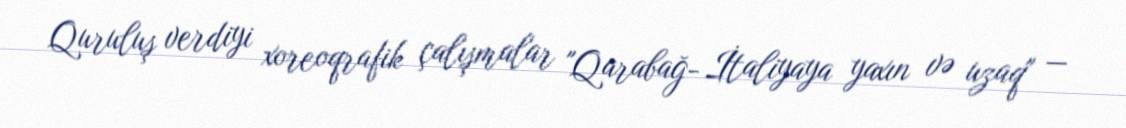
Quruluş verdiyi xoreoqrafik çalışmalar "Qarabağ- İtaliyaya yaxın və uzaq" —